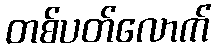
တစ်ပတ်လောက်